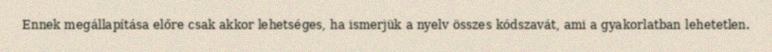
Ennek megállapítása előre csak akkor lehetséges, ha ismerjük a nyelv összes kódszavát, ami a gyakorlatban lehetetlen.